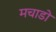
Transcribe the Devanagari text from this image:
मचाडो